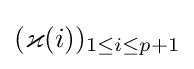
(\varkappa (i))_{1\leq i\leq p+1}